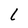
Character: L